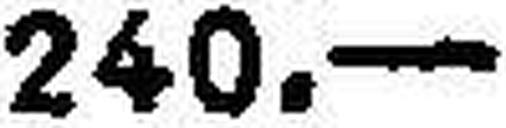
240.—